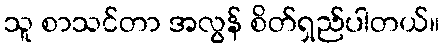
သူ စာသင်တာ အလွန် စိတ်ရှည်ပါတယ်။